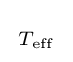
{\begin{smallmatrix}T_{\rm {eff}}\end{smallmatrix}}